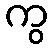
ကွ